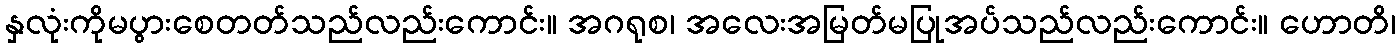
နှလုံးကိုမပွားစေတတ်သည်လည်းကောင်း။ အဂရုစ၊ အလေးအမြတ်မပြုအပ်သည်လည်းကောင်း။ ဟောတိ၊